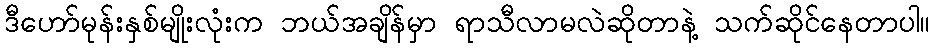
ဒီဟော်မုန်းနှစ်မျိုးလုံးက ဘယ်အချိန်မှာ ရာသီလာမလဲဆိုတာနဲ့ သက်ဆိုင်နေတာပါ။